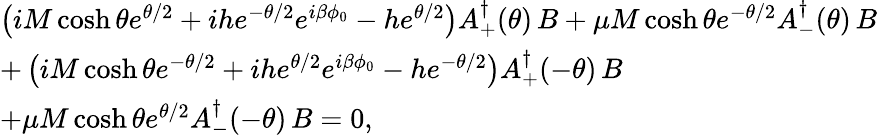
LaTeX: \begin{array}{ll}{{\left(iM\cosh\theta e^{\theta/2}+ihe^{-\theta/2}e^{i\beta\phi_{0}}-he^{\theta/2}\right)A_{+}^{\dagger}(\theta)\, B+\mu M\cosh\theta e^{-\theta/2}A_{-}^{\dagger}(\theta)\, B}}\\ {{+\left(iM\cosh\theta e^{-\theta/2}+ihe^{\theta/2}e^{i\beta\phi_{0}}-he^{-\theta/2}\right)A_{+}^{\dagger}(-\theta)\, B}}\\ {{+\mu M\cosh\theta e^{\theta/2}A_{-}^{\dagger}(-\theta)\, B=0,}}\end{array}